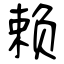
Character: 赖